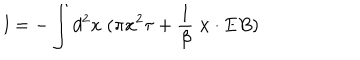
l = - \int d ^ { 2 } x \; ( \pi { \bf x } ^ { 2 } \tau + { \frac { 1 } { \beta } } \; { \bf x } \cdot { \bf E } B )